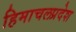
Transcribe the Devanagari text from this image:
हिमाचलप्रदेश